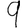
Digit: 9